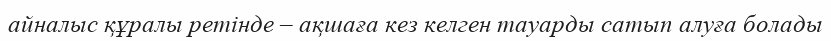
айналыс құралы ретінде – ақшаға кез келген тауарды сатып алуға болады